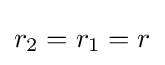
r_{2}=r_{1}=r